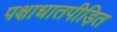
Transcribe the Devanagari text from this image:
पक्षाधातपीड़ित